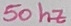
Text: 50 hz